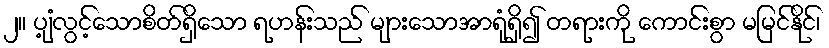
၂။ ပျံ့လွင့်သောစိတ်ရှိသော ရဟန်းသည် များသောအာရုံရှိ၍ တရားကို ကောင်းစွာ မမြင်နိုင်၊